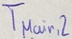
Text: TMain,2